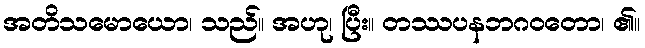
အတိသမောယော၊ သည်။ အဟု၊ ပြီး။ တဿပနဘဂဝတော၊ ၏။